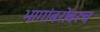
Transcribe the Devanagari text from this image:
भागांबरोबरच